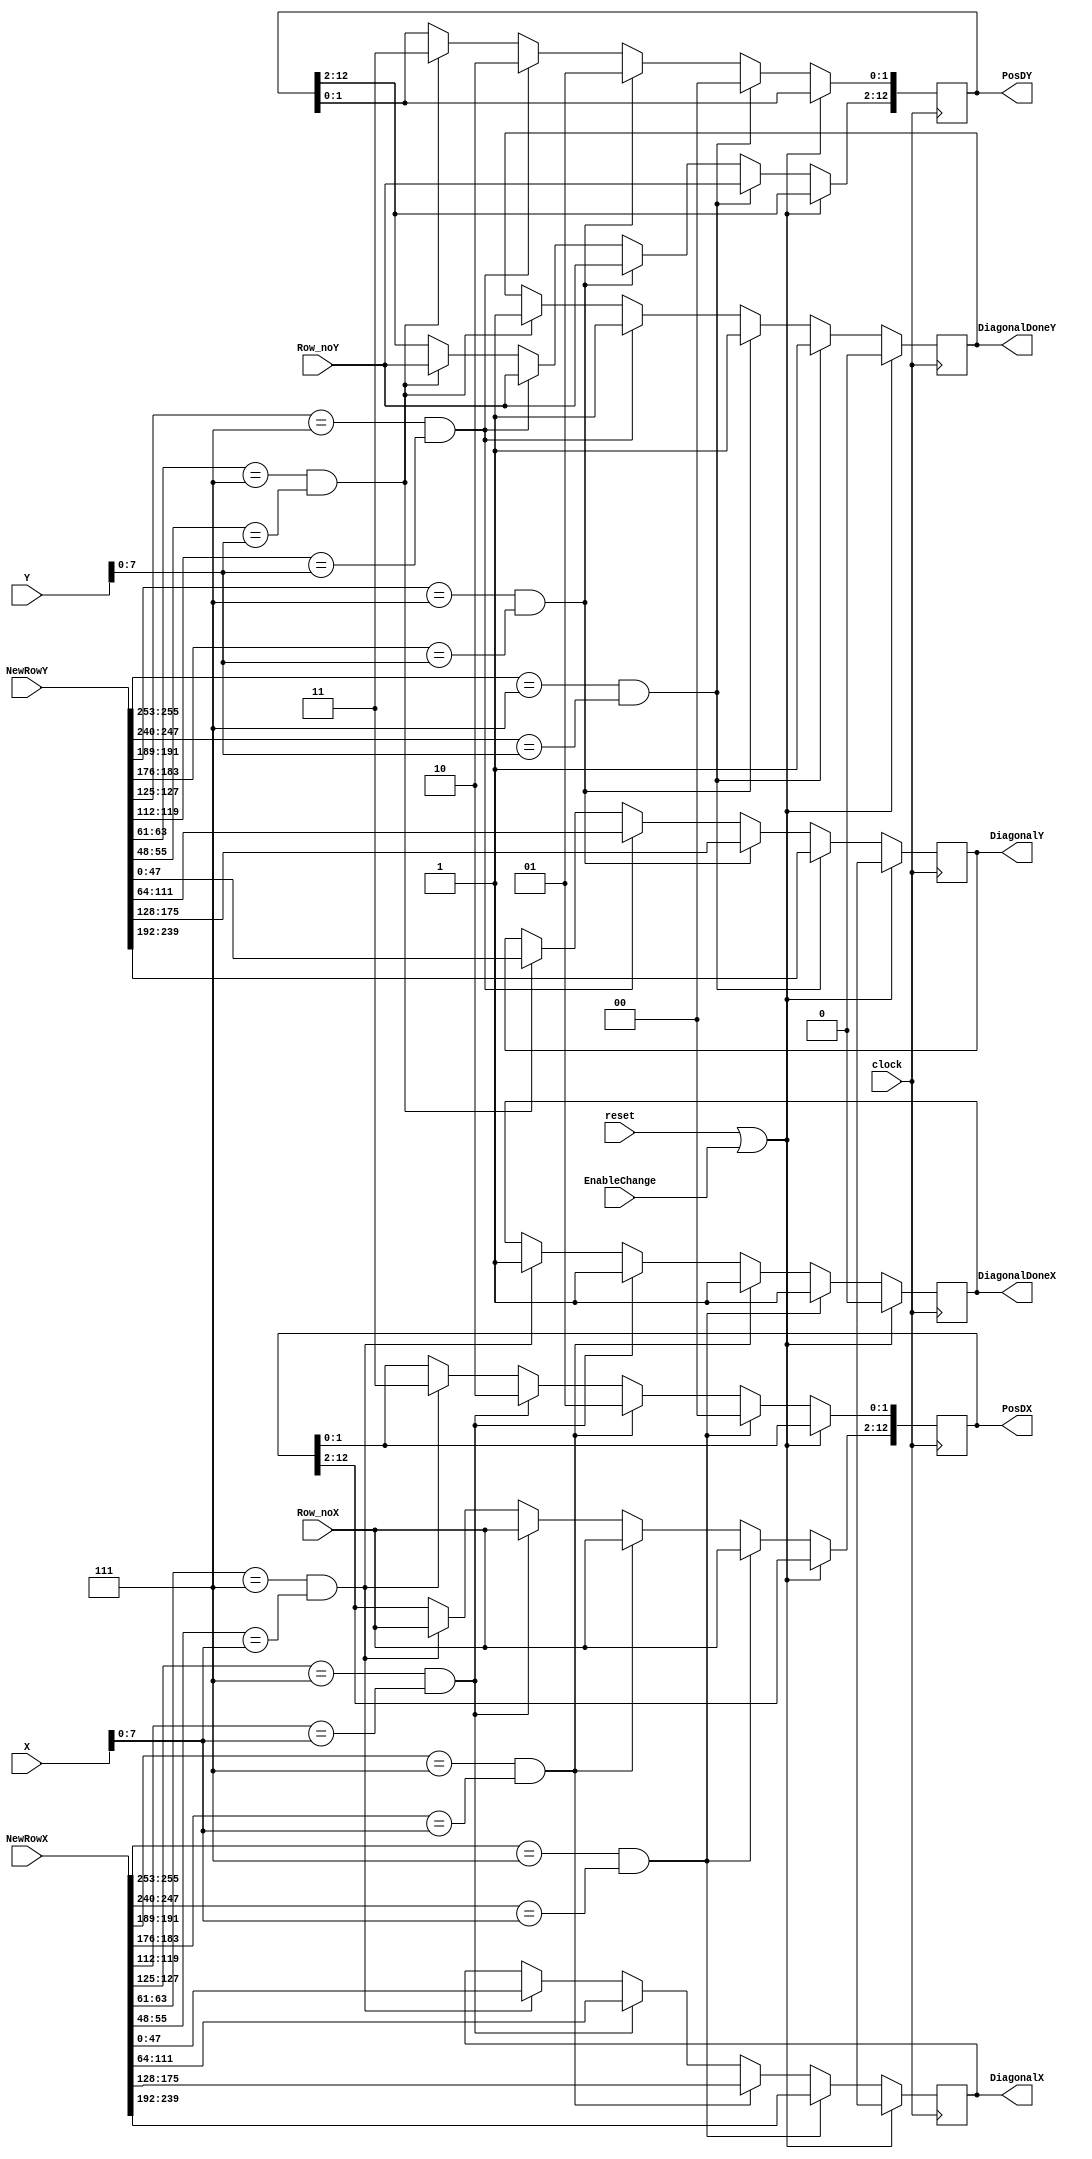
module update_3 (reset, clock, X, Y, NewRowX, NewRowY, DiagonalX, DiagonalY, PosDX, PosDY, DiagonalDoneX, DiagonalDoneY, Row_noX, Row_noY, EnableChange);

input        EnableChange;
input        reset;
input        clock;
input [15:0]  X;
input [15:0]  Y;
input [255:0]  NewRowX;
input [255:0]  NewRowY;
input [10:0]   Row_noX;
input [10:0]   Row_noY;

output [47:0] DiagonalX;	
output [47:0] DiagonalY;
output [12:0]  PosDX;
output [12:0]  PosDY;
output        DiagonalDoneX;
output        DiagonalDoneY;

reg [47:0] DiagonalX;
reg [47:0] DiagonalY;
reg [12:0]  PosDX;
reg [12:0]  PosDY;
reg        DiagonalDoneX;
reg        DiagonalDoneY;


/************** Computation for Diagonal Elements *************/
/*PosDx should be defined at the start only*/


always@(posedge clock)
begin
		//PosDX[17:8] <= Row_noX; 		
		if (reset || EnableChange)
		begin
			DiagonalDoneX <= 1'b0;
			DiagonalX <= 48'hx;
		end
	
		else if (NewRowX[255:253] == 3'b111 && NewRowX[247:240] == X[7:0])
			begin
				DiagonalX <= NewRowX[239:192];
				PosDX[1:0] <= 2'b00;
				PosDX[12:2] <= Row_noX; 
				DiagonalDoneX <= 1'b1;
			end

		else if (NewRowX[191:189] == 3'b111 && NewRowX[183:176] == X[7:0])
			begin
				DiagonalX <= NewRowX[175:128];
				PosDX[1:0] <= 2'b01;
				PosDX[12:2] <= Row_noX; 
				DiagonalDoneX <= 1'b1;
			 end
		else if (NewRowX[127:125] == 3'b111 && NewRowX[119:112] == X[7:0])
			begin
				DiagonalX <= NewRowX[111:64];
				PosDX[1:0] <= 2'b10;
				PosDX[12:2] <= Row_noX; 
				DiagonalDoneX <= 1'b1;
			 end
		else if (NewRowX[63:61] == 3'b111 && NewRowX[55:48] == X[7:0])
			begin
				DiagonalX <= NewRowX[47:0];
				PosDX[1:0] <= 2'b11;
				PosDX[12:2] <= Row_noX; 
				DiagonalDoneX <= 1'b1;
			 end
		//else
			//	DiagonalDoneX <= 1'b0;
end

/*always@(posedge clock)
begin
	case({PosX1,PosX2,PosX3,PosX4})

	4'b1000: begin
			DiagonalX <= NewRowX[239:192];
			PosDX <= 8'd239;
		 end

	4'b0100: begin
			DiagonalX <= NewRowX[175:128];
			PosDX <= 8'd175;
		 end

	4'b0010: begin
			DiagonalX <= NewRowX[111:64];
			PosDX <= 8'd111;
		 end

	4'b0001: begin
			DiagonalX <= NewRowX[47:0];
			PosDX <= 8'd47;
		 end
	endcase
end

always@(*)
begin
	PosY1 = 1'b0; PosY2 = 1'b0; PosY3 = 1'b0; PosY4 = 1'b0;
	if (NewRowY[255:253] == 3'b111 && NewRowY[247:240] == Y)
		PosY1 = 1'b1;
	if (NewRowY[191:189] == 3'b111 && NewRowY[183:176] == Y)
		PosY2 = 1'b1;
	if (NewRowY[127:125] == 3'b111 && NewRowY[119:112] == Y)
		PosY3 = 1'b1;
	if (NewRowY[63:61] == 3'b111 && NewRowY[55:48] == Y)
		PosY4 = 1'b1;
end

always@(posedge clock)
begin
	case({PosY1,PosY2,PosY3,PosY4})

	4'b1000: begin
			DiagonalY <= NewRowY[239:192];
			PosDY <= 8'd239;
		 end

	4'b0100: begin
			DiagonalY <= NewRowY[175:128];
			PosDY <= 8'd175;
		 end

	4'b0010: begin
			DiagonalY <= NewRowY[111:64];
			PosDY <= 8'd111;
		 end

	4'b0001: begin
			DiagonalY <= NewRowY[47:0];
			PosDY <= 8'd47;
		 end
	endcase
end*/
always@(posedge clock)
begin
		//PosDY[17:8] <= Row_noY; 		
		if (reset || EnableChange)
		begin
			DiagonalDoneY <= 1'b0;
			DiagonalY <= 48'hx;
		end

		else if (NewRowY[255:253] == 3'b111 && NewRowY[247:240] == Y[7:0])
			begin
				DiagonalY <= NewRowY[239:192];
				PosDY[1:0] <= 2'b00;
				PosDY[12:2] <= Row_noY; 
				DiagonalDoneY <= 1'b1;
			end

		else if (NewRowY[191:189] == 3'b111 && NewRowY[183:176] == Y[7:0])
			begin
				DiagonalY <= NewRowY[175:128];
				PosDY[1:0] <= 2'b01;
				PosDY[12:2] <= Row_noY; 
				DiagonalDoneY <= 1'b1;
			 end
		else if (NewRowY[127:125] == 3'b111 && NewRowY[119:112] == Y[7:0])
			begin
				DiagonalY <= NewRowY[111:64];
				PosDY[1:0] <= 2'b10;
				PosDY[12:2] <= Row_noY; 
				DiagonalDoneY <= 1'b1;
			 end
		else if (NewRowY[63:61] == 3'b111 && NewRowY[55:48] == Y[7:0])
			begin
				DiagonalY <= NewRowY[47:0];
				PosDY[1:0] <= 2'b11;
				PosDY[12:2] <= Row_noY; 
				DiagonalDoneY <= 1'b1;
			 end
		//else
		//		DiagonalDoneY <= 1'b0;
end
/**********************************************************************/
endmodule